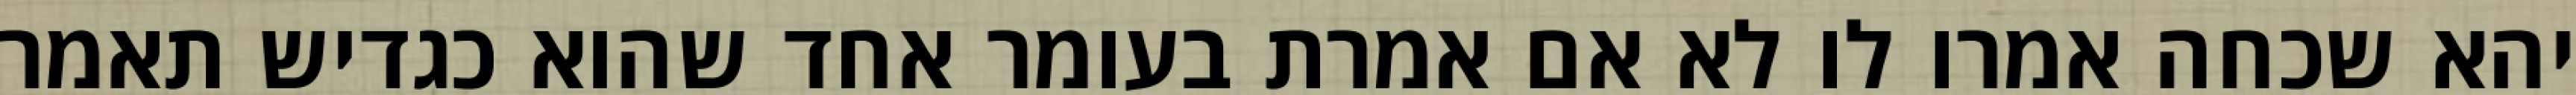
יהא שכחה אמרו לו לא אם אמרת בעומר אחד שהוא כגדיש תאמר